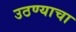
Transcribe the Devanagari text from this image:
उठण्याचा